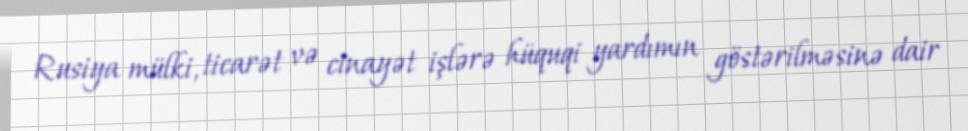
Rusiya mülki, ticarət və cinayət işlərə hüquqi yardımın göstərilməsinə dair